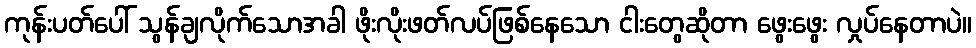
ကုန်းပတ်ပေါ် သွန်ချလိုက်သောအခါ ဖိုးလိုးဖတ်လပ်ဖြစ်နေသော ငါးတွေဆိုတာ ဖွေးဖွေး လှုပ်နေတာပဲ။